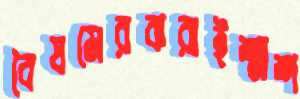
বৈষমেরঝরাইশ্মশ